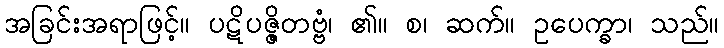
အခြင်းအရာဖြင့်။ ပဋိပဇ္ဇိတဗ္ဗံ၊ ၏။ စ၊ ဆက်။ ဥပေက္ခာ၊ သည်။